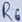
Text: R6